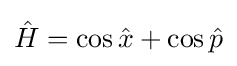
{\hat {H}}=\cos {\hat {x}}+\cos {\hat {p}}